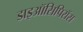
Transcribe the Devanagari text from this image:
डाइऑसिपिरॉस